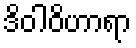
ဒိဝါဝိဟာရာ